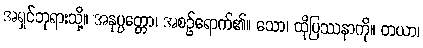
အရှင်ဘုရားသို့။ အနုပ္ပတ္တော၊ အစဉ်ရောက်၏။ သော၊ ထိုပြဿနာကို။ တယာ၊